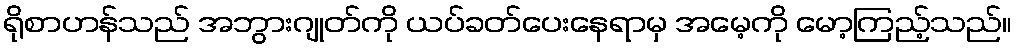
ရိုစာဟန်သည် အဘွားဂျုတ်ကို ယပ်ခတ်ပေးနေရာမှ အမေ့ကို မော့ကြည့်သည်။